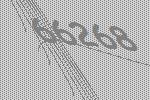
66268